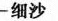
细沙